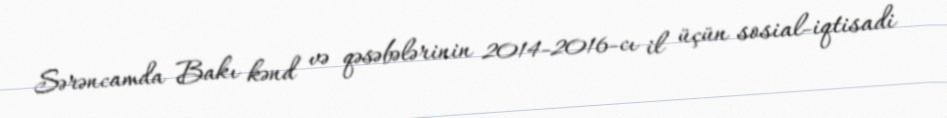
Sərəncamda Bakı kənd və qəsəbələrinin 2014-2016-cı il üçün sosial-iqtisadi